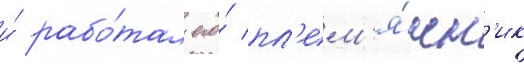
и́ рабо́тал его́ пл'ем'я́нн'ик